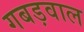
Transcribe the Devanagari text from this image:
गबड़वाल